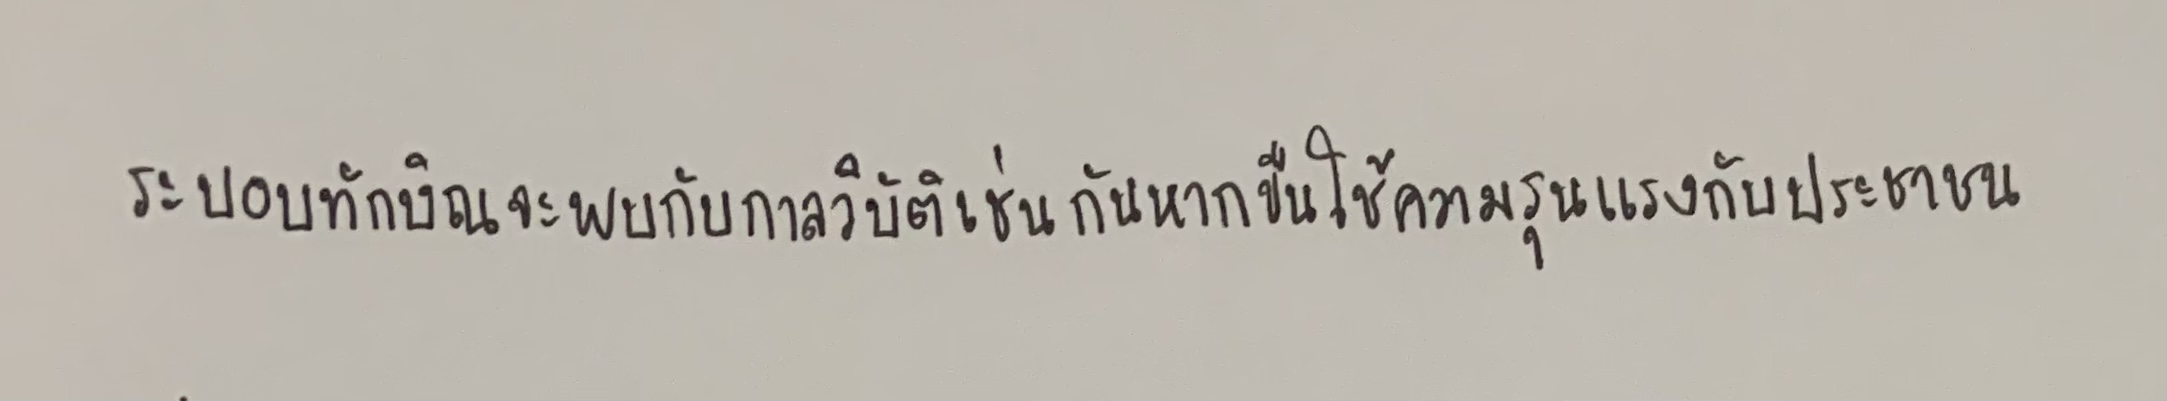
ระบอบทักษิณจะพบกับกาลวิบัติเช่นกันหากขืนใช้ความรุนแรงกับประชาชน